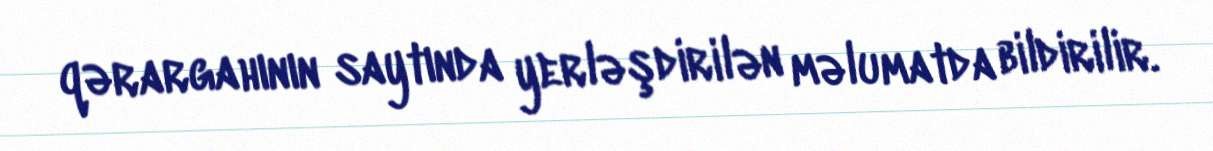
qərargahının saytında yerləşdirilən məlumatda bildirilir.